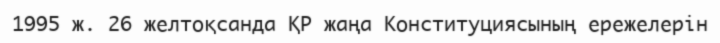
1995 ж. 26 желтоқсанда ҚР жаңа Конституциясының ережелерін